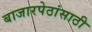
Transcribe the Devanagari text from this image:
बाजारपेठांसाठी